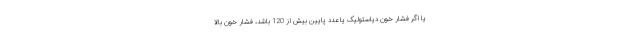
یا اگر فشار خون دیاستولیک یا عدد پایین بیش از 120 باشد، فشار خون بالا